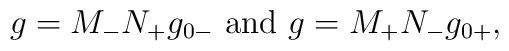
g=M_-N_+g_{0-} \mbox{ and } g=M_+N_-g_{0+},